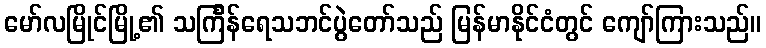
မော်လမြိုင်မြို့၏ သင်္ကြန်ရေသဘင်ပွဲတော်သည် မြန်မာနိုင်ငံတွင် ကျော်ကြားသည်။